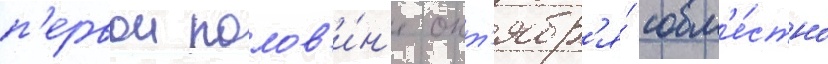
п'ервои полов'и́н'е окт'ябр'я́ совм'е́стно